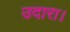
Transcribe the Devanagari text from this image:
उदारा।